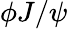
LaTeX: \phi J/\psi